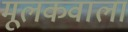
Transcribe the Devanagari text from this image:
मूलकवाला